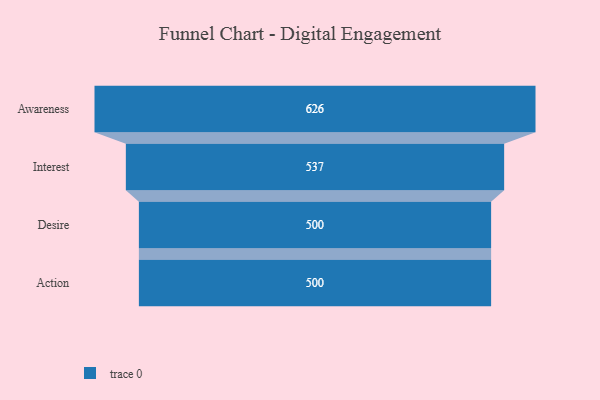
{"axis": {"x": "Stage", "y": "Value"}, "legend": [""], "data": [{"x": "Awareness", "y": 626.0, "type": ""}, {"x": "Interest", "y": 537.0, "type": ""}, {"x": "Desire", "y": 500, "type": ""}, {"x": "Action", "y": 500, "type": ""}]}